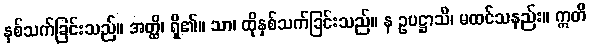
နှစ်သက်ခြင်းသည်။ အတ္ထိ၊ ရှိ၏။ သာ၊ ထိုနှစ်သက်ခြင်းသည်။ န ဥပဋ္ဌာသိ၊ မထင်သနည်း။ ဣတိ